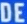
DEE